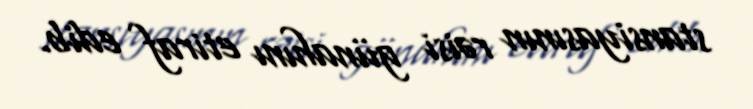
stansiyasının rəisi günahını etiraf edib.